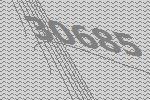
30685